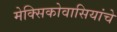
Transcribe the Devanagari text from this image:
मेक्सिकोवासियांचे